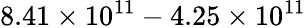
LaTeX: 8.41\times 10^{11}-4.25\times 10^{11}